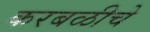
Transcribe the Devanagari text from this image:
करबळीचे